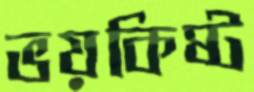
ভয়কিষ্ট